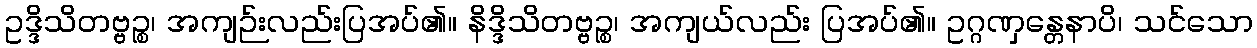
ဥဒ္ဒိသိတဗ္ဗဉ္စ၊ အကျဉ်းလည်းပြအပ်၏။ နိဒ္ဒိသိတဗ္ဗဉ္စ၊ အကျယ်လည်း ပြအပ်၏။ ဥဂ္ဂဏှန္တေနာပိ၊ သင်သော